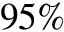
9 5 \%